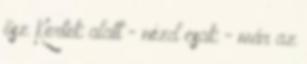
ősz Kertek alatt - nézd csak - már az